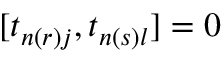
[ t _ { n ( r ) j } , t _ { n ( s ) l } ] = 0